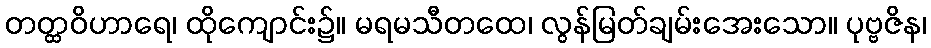
တတ္ထဝိဟာရေ၊ ထိုကျောင်း၌။ မရမသီတထေ၊ လွန်မြတ်ချမ်းအေးသော။ ပုဗ္ဗဇိန၊